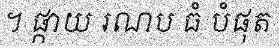
។ ផ្កាយ រណប ធំ បំផុត